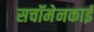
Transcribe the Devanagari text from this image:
सचॉमेनकाई